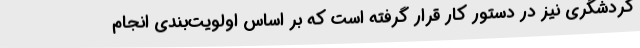
گردشگری نیز در دستور کار قرار گرفته است که بر اساس اولویت‌بندی انجام